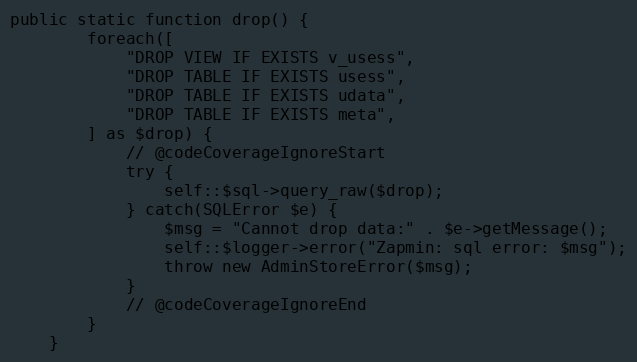
Language: PHP
public static function drop() {
		foreach([
			"DROP VIEW IF EXISTS v_usess",
			"DROP TABLE IF EXISTS usess",
			"DROP TABLE IF EXISTS udata",
			"DROP TABLE IF EXISTS meta",
		] as $drop) {
			// @codeCoverageIgnoreStart
			try {
				self::$sql->query_raw($drop);
			} catch(SQLError $e) {
				$msg = "Cannot drop data:" . $e->getMessage();
				self::$logger->error("Zapmin: sql error: $msg");
				throw new AdminStoreError($msg);
			}
			// @codeCoverageIgnoreEnd
		}
	}